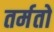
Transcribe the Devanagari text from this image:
तर्मतो